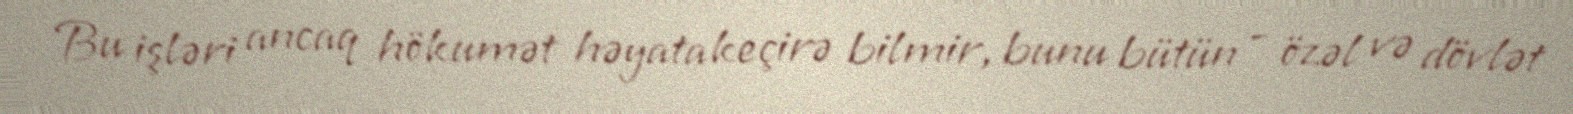
Bu işləri ancaq hökumət həyata keçirə bilmir, bunu bütün - özəl və dövlət